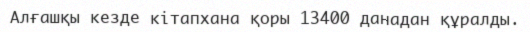
Алғашқы кезде кітапхана қоры 13400 данадан құралды.